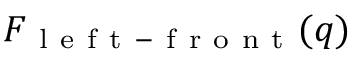
F _ { \mathrm { ~ l ~ e ~ f ~ t ~ - ~ f ~ r ~ o ~ n ~ t ~ } } ( q )